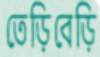
তেড়িবেড়ি